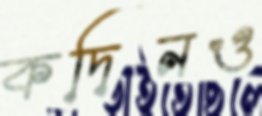
কদিনও